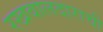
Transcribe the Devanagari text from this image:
रखवालदाराची